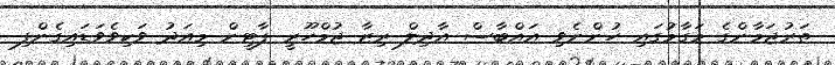
ތަރުޖަމާންގެ މަގާމުގައި ހުންނެވި އައްބާސް އާދިލް ރިޒާ ޖުމްހޫރީ ޕާޓީން މިއަދު ވަކިވެވަޑައިގެންފި